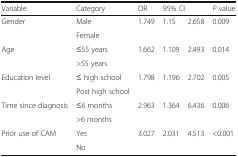
<table><thead><tr><td><b>Variable</b></td><td><b>Category</b></td><td><b>OR</b></td><td colspan="2"><b>95% CI</b></td><td><b><i>P</i> value</b></td></tr></thead><tbody><tr><td rowspan="2">Gender</td><td>Male</td><td rowspan="2">1.749</td><td rowspan="2">1.15</td><td rowspan="2">2.658</td><td rowspan="2">0.009</td></tr><tr><td>Female</td></tr><tr><td rowspan="2">Age</td><td>≤55 years</td><td rowspan="2">1.662</td><td rowspan="2">1.109</td><td rowspan="2">2.493</td><td rowspan="2">0.014</td></tr><tr><td>&gt;55 years</td></tr><tr><td rowspan="2">Education level</td><td>≤ high school</td><td rowspan="2">1.798</td><td rowspan="2">1.196</td><td rowspan="2">2.702</td><td rowspan="2">0.005</td></tr><tr><td>Post high school</td></tr><tr><td rowspan="2">Time since diagnosis</td><td>≤6 months</td><td rowspan="2">2.963</td><td rowspan="2">1.364</td><td rowspan="2">6.436</td><td rowspan="2">0.006</td></tr><tr><td>&gt;6 months</td></tr><tr><td rowspan="2">Prior use of CAM</td><td>Yes</td><td rowspan="2">3.027</td><td rowspan="2">2.031</td><td rowspan="2">4.513</td><td rowspan="2">&lt;0.001</td></tr><tr><td>No</td></tr></tbody></table>